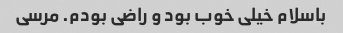
باسلام خیلی خوب بود و راضی بودم. مرسی